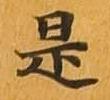
是